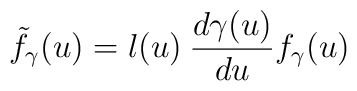
{\tilde f}_{\gamma} (u) = l(u) \: \frac{d\gamma(u)}{du} f_{\gamma}(u)